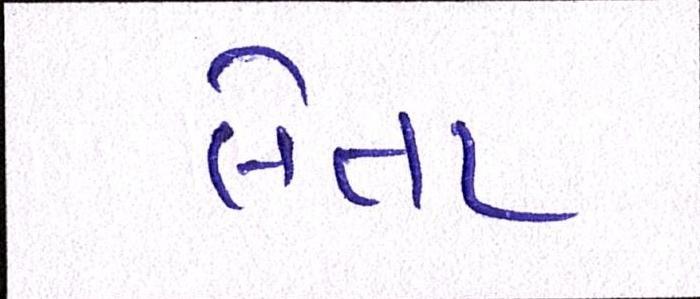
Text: લેતા